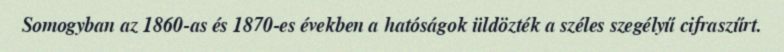
Somogyban az 1860-as és 1870-es években a hatóságok üldözték a széles szegélyű cifraszűrt.